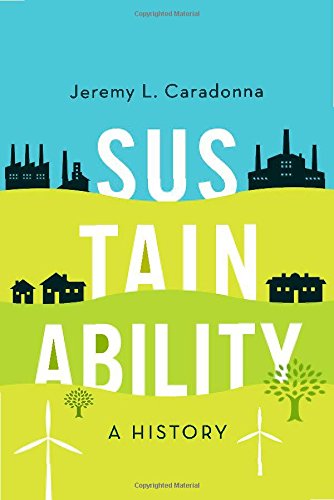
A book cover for Sustainability: A History; Jeremy L. Caradonna; Business & Money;